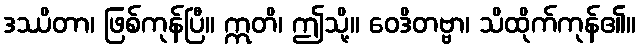
ဒဿိတာ၊ ဖြစ်ကုန်ပြီ။ ဣတိ၊ ဤသို့။ ဝေဒိတဗ္ဗာ၊ သိထိုက်ကုန်၏။